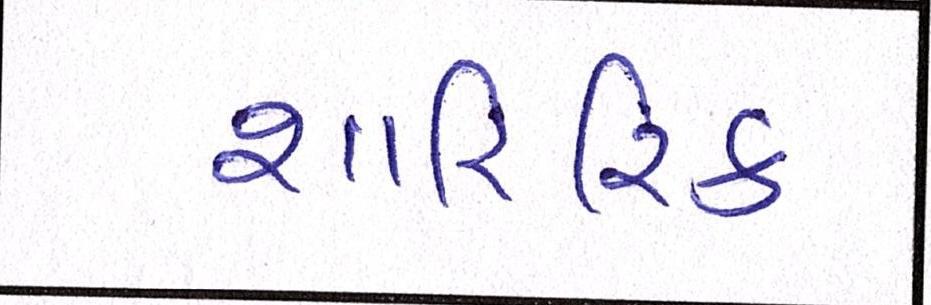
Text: શારિરિક